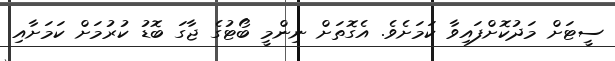
ސީޓަށް މަދުކޮށްފައިވާ ކަމަށެވެ. އެގޮތަށް ނިންމީ ބޯޓުގެ ޖާގަ ބޮޑު ކުރުމަށް ކަމަށާއި